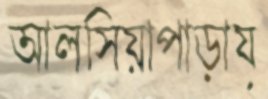
আলসিয়াপাড়ায়